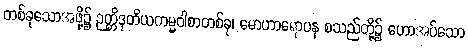
တစ်ခုသောအဖို့၌ ဉတ္တိဒုတိယကမ္မဝါစာတစ်ခု၊ မောဟာရောပန စသည်တို့၌ ဟောအပ်သော